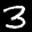
Label: 3